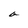
Character: a